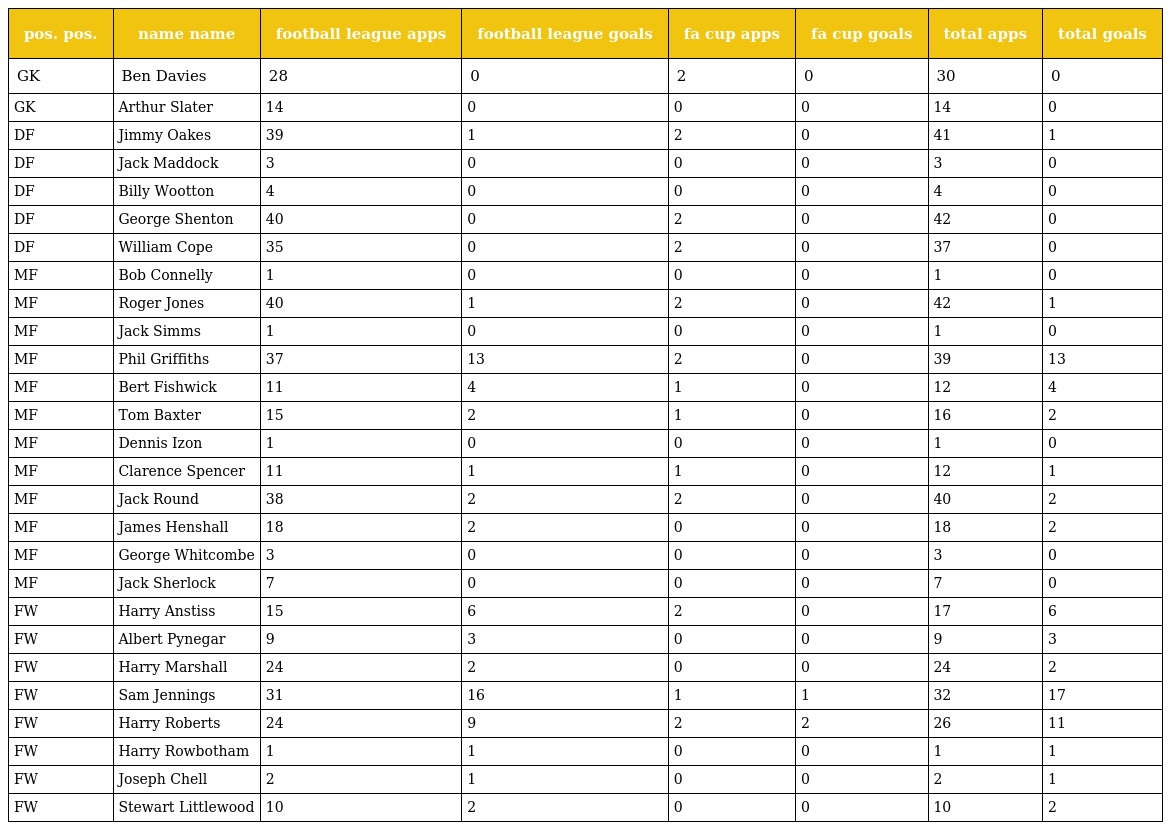
| pos. pos. | name name | football league apps | football league goals | fa cup apps | fa cup goals | total apps | total goals |
 | --- | --- | --- | --- | --- | --- | --- | --- |
 | GK | Ben Davies | 28 | 0 | 2 | 0 | 30 | 0 |
 | GK | Arthur Slater | 14 | 0 | 0 | 0 | 14 | 0 |
 | DF | Jimmy Oakes | 39 | 1 | 2 | 0 | 41 | 1 |
 | DF | Jack Maddock | 3 | 0 | 0 | 0 | 3 | 0 |
 | DF | Billy Wootton | 4 | 0 | 0 | 0 | 4 | 0 |
 | DF | George Shenton | 40 | 0 | 2 | 0 | 42 | 0 |
 | DF | William Cope | 35 | 0 | 2 | 0 | 37 | 0 |
 | MF | Bob Connelly | 1 | 0 | 0 | 0 | 1 | 0 |
 | MF | Roger Jones | 40 | 1 | 2 | 0 | 42 | 1 |
 | MF | Jack Simms | 1 | 0 | 0 | 0 | 1 | 0 |
 | MF | Phil Griffiths | 37 | 13 | 2 | 0 | 39 | 13 |
 | MF | Bert Fishwick | 11 | 4 | 1 | 0 | 12 | 4 |
 | MF | Tom Baxter | 15 | 2 | 1 | 0 | 16 | 2 |
 | MF | Dennis Izon | 1 | 0 | 0 | 0 | 1 | 0 |
 | MF | Clarence Spencer | 11 | 1 | 1 | 0 | 12 | 1 |
 | MF | Jack Round | 38 | 2 | 2 | 0 | 40 | 2 |
 | MF | James Henshall | 18 | 2 | 0 | 0 | 18 | 2 |
 | MF | George Whitcombe | 3 | 0 | 0 | 0 | 3 | 0 |
 | MF | Jack Sherlock | 7 | 0 | 0 | 0 | 7 | 0 |
 | FW | Harry Anstiss | 15 | 6 | 2 | 0 | 17 | 6 |
 | FW | Albert Pynegar | 9 | 3 | 0 | 0 | 9 | 3 |
 | FW | Harry Marshall | 24 | 2 | 0 | 0 | 24 | 2 |
 | FW | Sam Jennings | 31 | 16 | 1 | 1 | 32 | 17 |
 | FW | Harry Roberts | 24 | 9 | 2 | 2 | 26 | 11 |
 | FW | Harry Rowbotham | 1 | 1 | 0 | 0 | 1 | 1 |
 | FW | Joseph Chell | 2 | 1 | 0 | 0 | 2 | 1 |
 | FW | Stewart Littlewood | 10 | 2 | 0 | 0 | 10 | 2 |